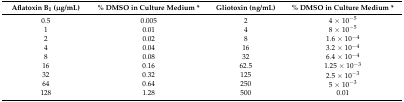
<table><thead><tr><td><b>Aflatoxin B<sub>1</sub> (μg/mL)</b></td><td><b>% DMSO in Culture Medium *</b></td><td><b>Gliotoxin (ng/mL)</b></td><td><b>% DMSO in Culture Medium *</b></td></tr></thead><tbody><tr><td>0.5</td><td>0.005</td><td>2</td><td>4 × 10<sup>−5</sup></td></tr><tr><td>1</td><td>0.01</td><td>4</td><td>8 × 10<sup>−5</sup></td></tr><tr><td>2</td><td>0.02</td><td>8</td><td>1.6 × 10<sup>−4</sup></td></tr><tr><td>4</td><td>0.04</td><td>16</td><td>3.2 × 10<sup>−4</sup></td></tr><tr><td>8</td><td>0.08</td><td>32</td><td>6.4 × 10<sup>−4</sup></td></tr><tr><td>16</td><td>0.16</td><td>62.5</td><td>1.25 × 10<sup>−3</sup></td></tr><tr><td>32</td><td>0.32</td><td>125</td><td>2.5 × 10<sup>−3</sup></td></tr><tr><td>64</td><td>0.64</td><td>250</td><td>5 × 10<sup>−3</sup></td></tr><tr><td>128</td><td>1.28</td><td>500</td><td>0.01</td></tr></tbody></table>